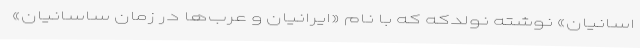
اسانیان» نوشته نولدکه که با نام «ایرانیان و عرب‌ها در زمان ساسانیان»